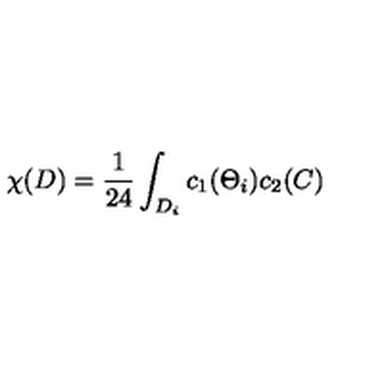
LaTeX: \chi ( D ) = \frac { 1 } { 2 4 } \int _ { D _ { i } } c _ { 1 } ( \Theta _ { i } ) c _ { 2 } ( C )